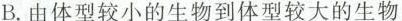
B.由体型较小的生物到体型较大的生物